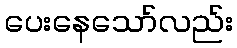
ပေးနေသော်လည်း